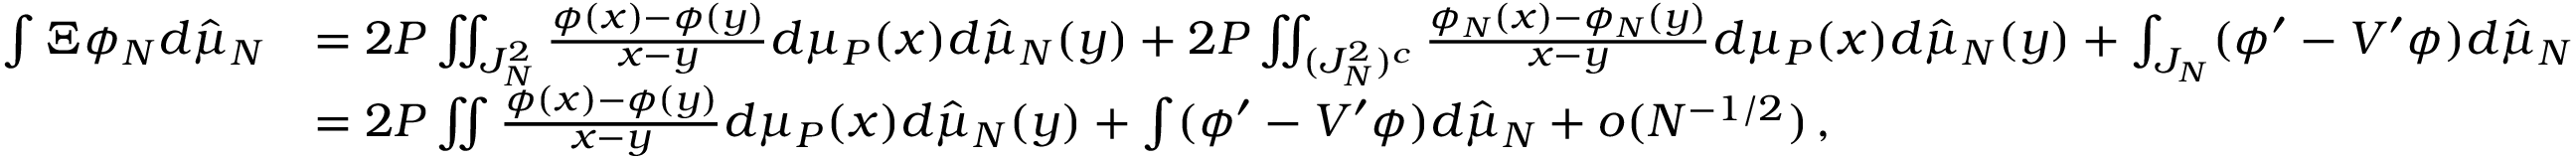
\begin{array} { r l } { \int \Xi \phi _ { N } d \hat { \mu } _ { N } } & { = 2 P \iint _ { J _ { N } ^ { 2 } } \frac { \phi ( x ) - \phi ( y ) } { x - y } d \mu _ { P } ( x ) d \hat { \mu } _ { N } ( y ) + 2 P \iint _ { ( J _ { N } ^ { 2 } ) ^ { c } } \frac { \phi _ { N } ( x ) - \phi _ { N } ( y ) } { x - y } d \mu _ { P } ( x ) d \hat { \mu } _ { N } ( y ) + \int _ { J _ { N } } ( \phi ^ { \prime } - V ^ { \prime } \phi ) d \hat { \mu } _ { N } } \\ & { = 2 P \iint \frac { \phi ( x ) - \phi ( y ) } { x - y } d \mu _ { P } ( x ) d \hat { \mu } _ { N } ( y ) + \int ( \phi ^ { \prime } - V ^ { \prime } \phi ) d \hat { \mu } _ { N } + o ( N ^ { - 1 / 2 } ) \, , } \end{array}